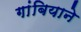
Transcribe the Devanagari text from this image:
गांबियाने